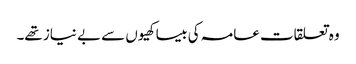
وہ تعلقات عامہ کی بیساکھیوں سے بے نیاز تھے۔